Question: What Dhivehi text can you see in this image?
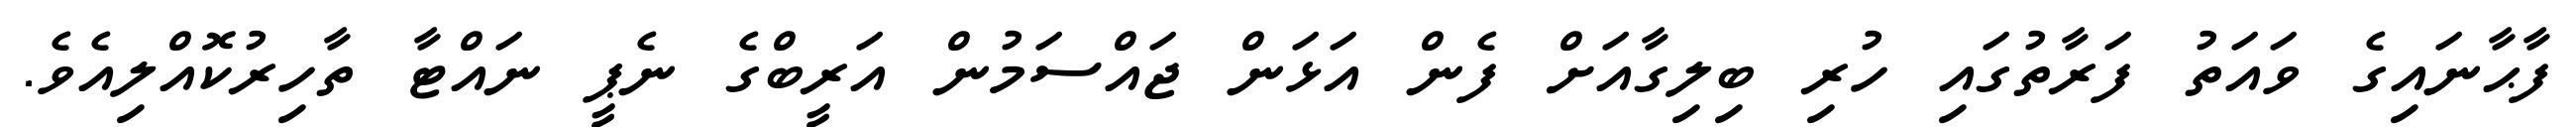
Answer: ފާޙާނައިގެ ވައަތު ފަރާތުގައި ހުރި ބިލިގާއަށް ފެން އަޅަން ޖައްސަމުން އަރީބްގެ ނެޕީ ނައްޓާ ތާހިރުކޮއްލިއެވެ.